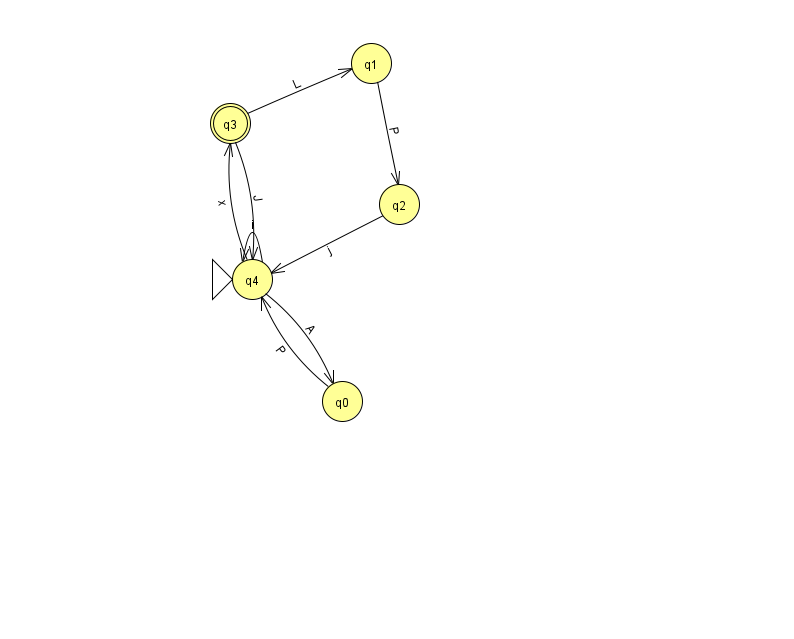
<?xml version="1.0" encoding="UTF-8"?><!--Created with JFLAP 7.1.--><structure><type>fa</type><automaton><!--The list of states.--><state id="0" name="q0"><x>342.0</x><y>388.0</y></state><state id="1" name="q1"><x>371.0</x><y>50.0</y></state><state id="2" name="q2"><x>399.0</x><y>191.0</y></state><state id="3" name="q3"><x>230.0</x><y>110.0</y><final/></state><state id="4" name="q4"><x>252.0</x><y>266.0</y><initial/></state><!--The list of transitions.--><transition><from>3</from><to>1</to><read>L</read></transition><transition><from>4</from><to>3</to><read>x</read></transition><transition><from>4</from><to>4</to><read>i</read></transition><transition><from>1</from><to>2</to><read>P</read></transition><transition><from>3</from><to>4</to><read>J</read></transition><transition><from>2</from><to>4</to><read>j</read></transition><transition><from>4</from><to>0</to><read>A</read></transition><transition><from>0</from><to>4</to><read>P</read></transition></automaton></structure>